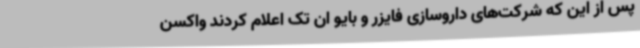
پس از این که شرکت‌های داروسازی فایزر و بایو ان تک اعلام کردند واکسن